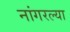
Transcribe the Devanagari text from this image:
नांगरल्या